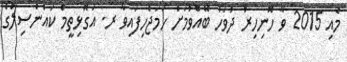
މެއި 2015 ވާ ހޮނިހިރު ދުވަހު ބޭއްވުމަށް ހަމަޖެހިފައިވާ ރ. އަގޮޅިތީމް ކައުންސިލްގެ